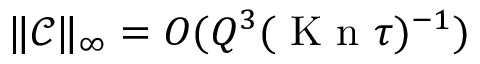
\| \mathcal C \| _ { \infty } = O ( Q ^ { 3 } ( \ensuremath { \mathrm { ~ K ~ n ~ } } \tau ) ^ { - 1 } )